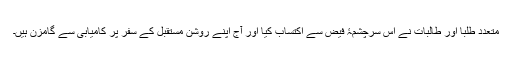
متعدد طلبا اور طالبات نے اس سرچشمۂ فیض سے اکتساب کیا اور آج اپنے روشن مستقبل کے سفر پر کامیابی سے گامزن ہیں۔